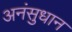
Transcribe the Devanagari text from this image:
अनंसुधान